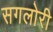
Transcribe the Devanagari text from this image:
सगलोरी